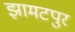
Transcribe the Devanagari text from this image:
झामटपुर